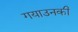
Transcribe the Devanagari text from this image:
गयाउनकी